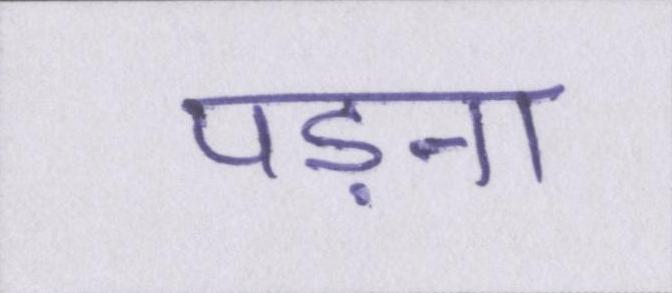
पड़ना